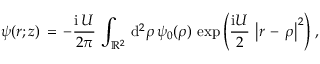
\begin{array} { l } { \displaystyle \psi ( \boldsymbol { r } ; z ) \, = \, - \frac { \mathrm { i } \, U } { 2 \pi } \, \int _ { \mathbb { R } ^ { 2 } } \, \mathrm { d } ^ { 2 } \rho \, \psi _ { 0 } ( \boldsymbol { \rho } ) \, \exp \left( \frac { \mathrm { i } U } 2 \, \left| \boldsymbol { r } \, - \, \boldsymbol { \rho } \right| ^ { 2 } \right) \, , } \end{array}